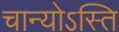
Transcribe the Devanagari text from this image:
चान्योऽस्ति